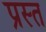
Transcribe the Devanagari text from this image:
प्रस्त